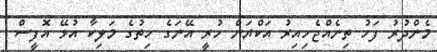
މެންދުރު ފަހު ތިނެއްޖެހިއިރު އަކްޔަން ހުރީ އޭނަގެ ހިތުގެ މަލިކާ އުޅޭ އޮފީސް